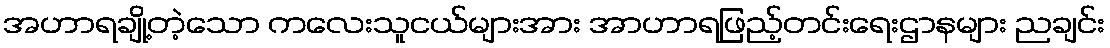
အဟာရချို့တဲ့သော ကလေးသူငယ်များအား အာဟာရဖြည့်တင်းရေးဌာနများ ညချင်း